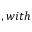
, w i t h